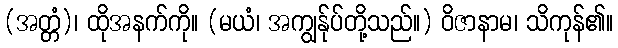
(အတ္တံ)၊ ထိုအနက်ကို။ (မယံ၊ အကျွန်ုပ်တို့သည်။) ဝိဇာနာမ၊ သိကုန်၏။